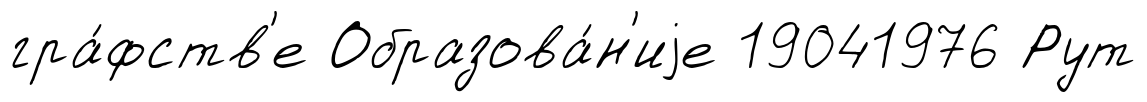
гра́фств'е Образова́н'иjе 19041976 Рут